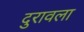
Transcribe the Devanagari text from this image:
दुरावला